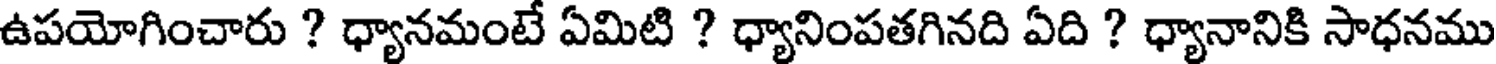
ఉపయోగించారు ? ధ్యానమంటే ఏమిటి ? ధ్యానింపతగినది ఏది ? ధ్యానానికి సాధనము